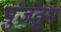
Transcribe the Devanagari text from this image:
पुंजतुभ